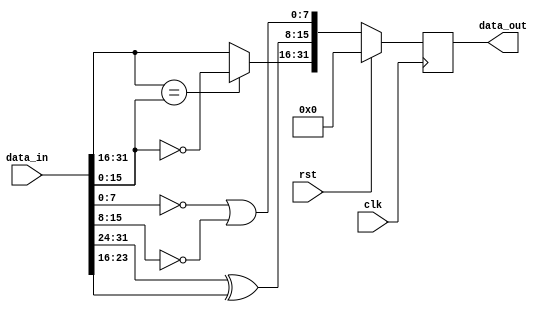
module invertion
#(
    parameter WIDTH = 32  // Ensure parameter usage is consistent with the design needs
)
(
    input wire clk,
    input wire rst,
    input wire [WIDTH-1:0] data_in,
    output reg [WIDTH-1:0] data_out
);

    // Temporary variables to store intermediate values for clarity and debuggability
    wire [7:0] bitwise_not_and_or;
    wire [7:0] bitwise_xor;
    wire [15:0] conditional_invert;

    // Process the first 8 bits of data_in
    assign bitwise_not_and_or = (~data_in[7:0]) | (~data_in[15:8]);

    // Process the next 16 bits of data_in for XOR operation
    assign bitwise_xor = data_in[31:24] ^ data_in[23:16];

    // Conditional operation on the upper 16 bits
    assign conditional_invert = (data_in[31:16] == data_in[15:0]) ? ~data_in[15:0] : data_in[31:16];

    always @(posedge clk) begin
        if (rst) begin
            data_out <= 0;  // Reset the entire output vector
        end else begin
            // Combine the processed parts into the final output
            data_out <= {conditional_invert, bitwise_xor, bitwise_not_and_or};
        end
    end

endmodule